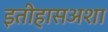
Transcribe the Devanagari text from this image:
इतीहासअशा